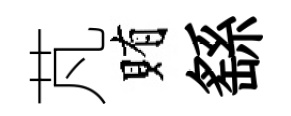
芃賄繇